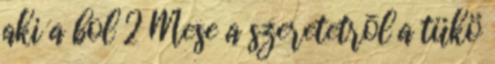
aki a bol 2 Mese a szeretetrõl a tükö